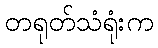
တရုတ်သံရုံးက